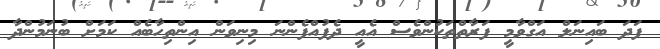
ފަދަ ބައިނަލް އަގްވާމީ ފަރާތްތަކުންވެސް އެއީ ދެފުއްފެންނަ މިނިވަން އިންތިހާބެއް ކަމަށް ބުނަމުންދާ